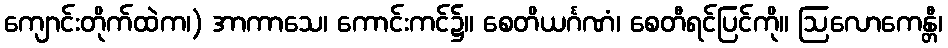
ကျောင်းတိုက်ထဲက၊) အာကာသေ၊ ကောင်းကင်၌။ စေတိယင်္ဂဏံ၊ စေတီရင်ပြင်ကို။ ဩလောကေန္တီ၊